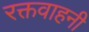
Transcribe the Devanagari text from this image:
रक्तवाहनी